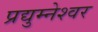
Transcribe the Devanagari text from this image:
प्रद्युम्नेश्वर